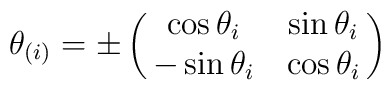
\theta_{(i)}= \pm \left( \matrix{ \cos\theta_i & \sin\theta_i \cr                        - \sin\theta_i & \cos\theta_i}\right)